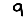
Digit: 9